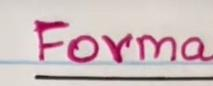
Forma